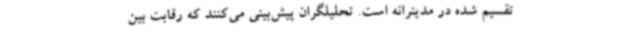
تقسیم شده در مدیترانه است. تحلیلگران پیش‌بینی می‌کنند که رقابت بین